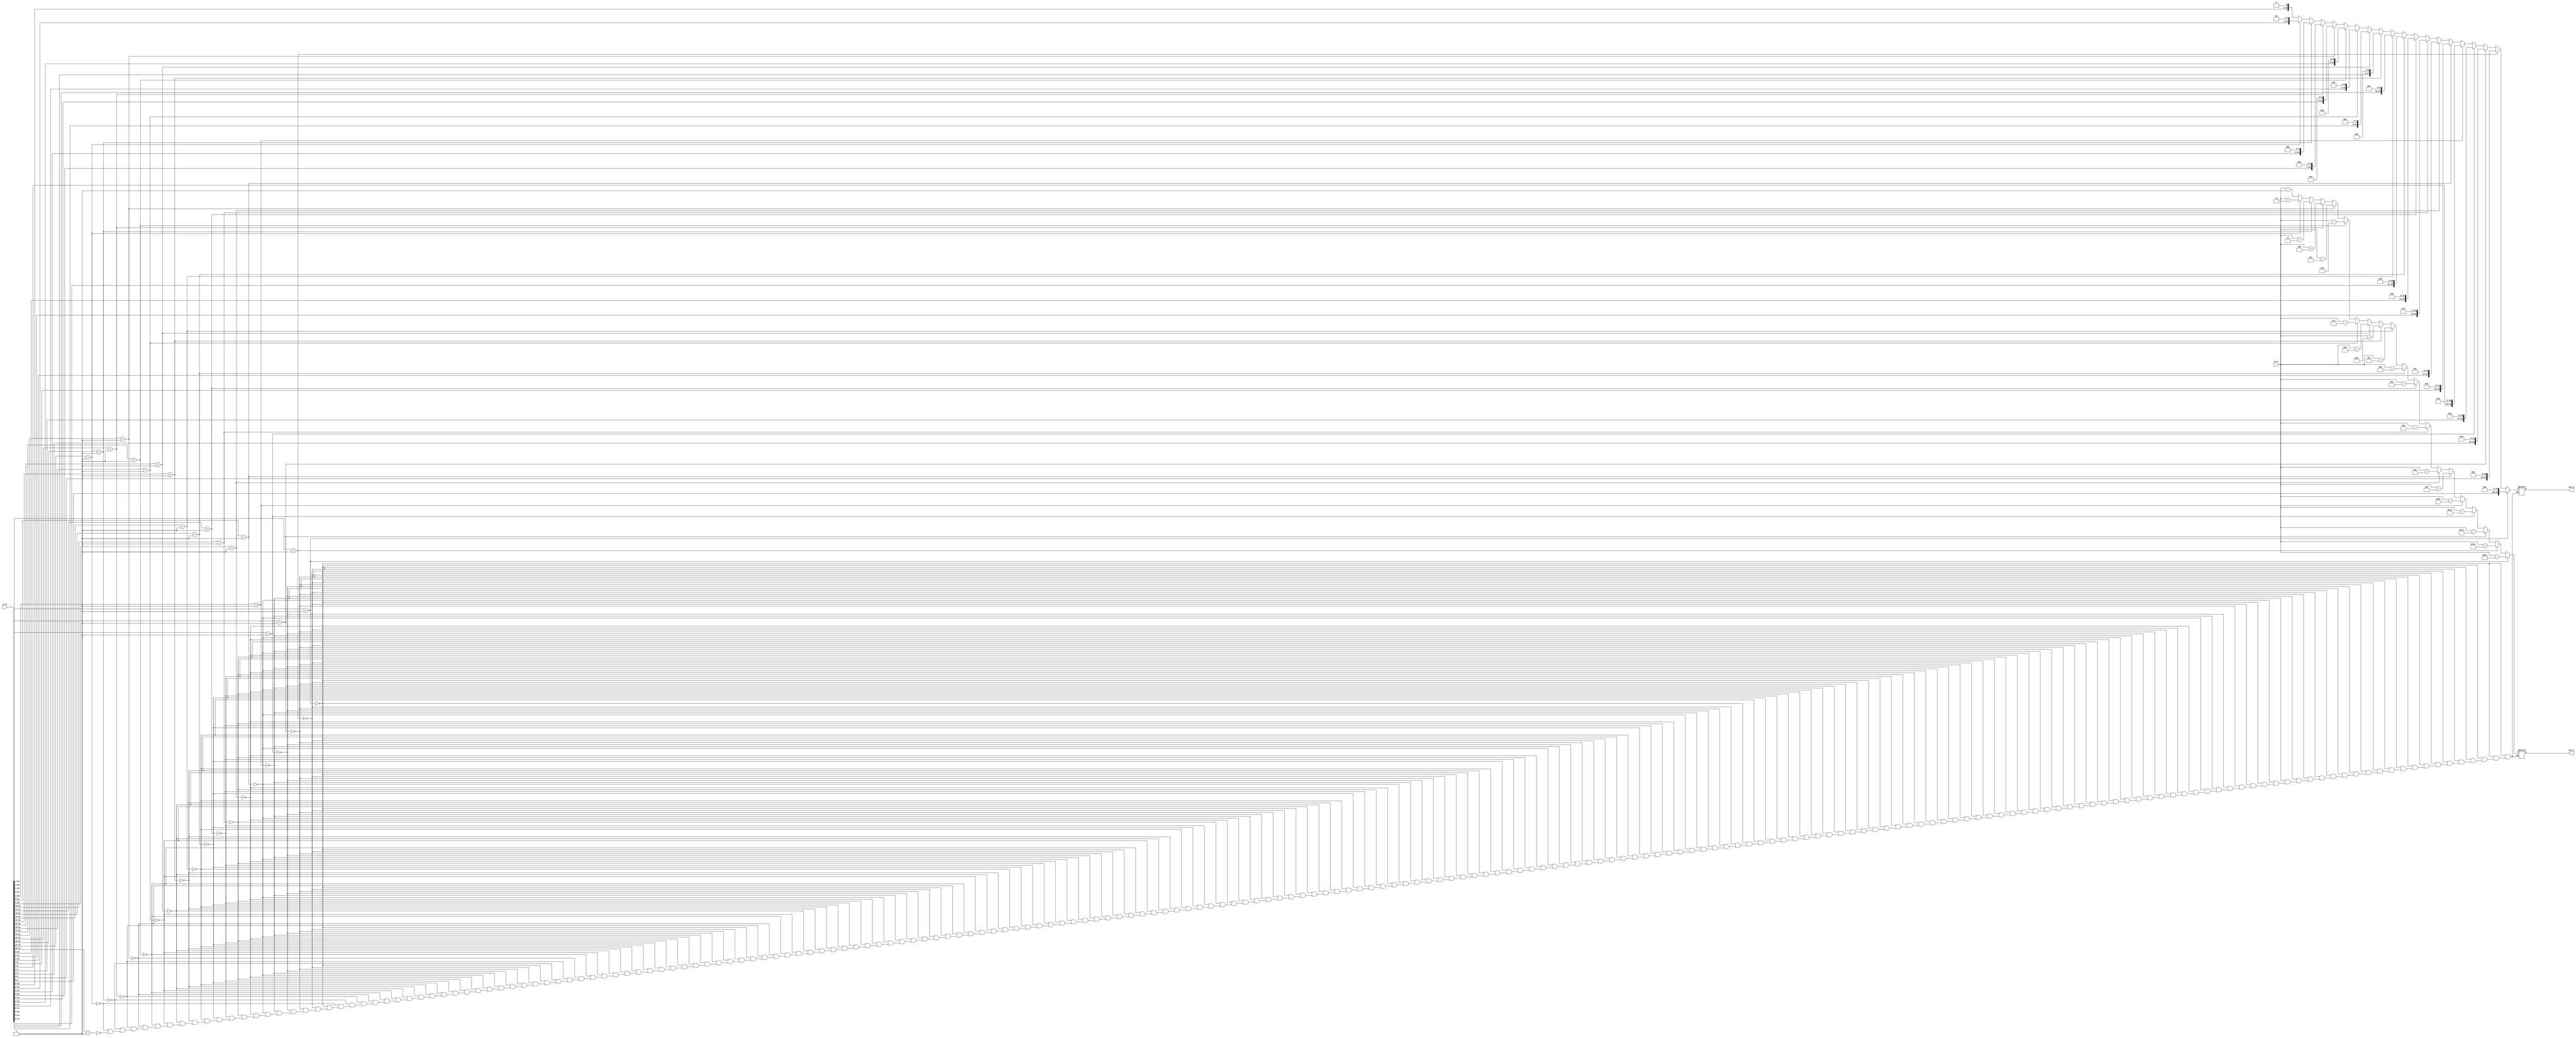
module addition_normaliser(in_e, in_m, out_e, out_m);
  // Inputs
  input [7:0] in_e;
  input [24:0] in_m;
  
  // Outputs
  output [7:0] out_e;
  output [24:0] out_m;
  
  // Wires
  wire [7:0] in_e;
  wire [24:0] in_m;
  
  // Registers
  reg [7:0] out_e;
  reg [24:0] out_m;
  
  // Main
  always @ ( * ) begin
		if (in_m[23:3] == 21'b000000000000000000001) begin
			out_e = in_e - 20;
			out_m = in_m << 20;
		end else if (in_m[23:4] == 20'b00000000000000000001) begin
			out_e = in_e - 19;
			out_m = in_m << 19;
		end else if (in_m[23:5] == 19'b0000000000000000001) begin
			out_e = in_e - 18;
			out_m = in_m << 18;
		end else if (in_m[23:6] == 18'b000000000000000001) begin
			out_e = in_e - 17;
			out_m = in_m << 17;
		end else if (in_m[23:7] == 17'b00000000000000001) begin
			out_e = in_e - 16;
			out_m = in_m << 16;
		end else if (in_m[23:8] == 16'b0000000000000001) begin
			out_e = in_e - 15;
			out_m = in_m << 15;
		end else if (in_m[23:9] == 15'b000000000000001) begin
			out_e = in_e - 14;
			out_m = in_m << 14;
		end else if (in_m[23:10] == 14'b00000000000001) begin
			out_e = in_e - 13;
			out_m = in_m << 13;
		end else if (in_m[23:11] == 13'b0000000000001) begin
			out_e = in_e - 12;
			out_m = in_m << 12;
		end else if (in_m[23:12] == 12'b000000000001) begin
			out_e = in_e - 11;
			out_m = in_m << 11;
		end else if (in_m[23:13] == 11'b00000000001) begin
			out_e = in_e - 10;
			out_m = in_m << 10;
		end else if (in_m[23:14] == 10'b0000000001) begin
			out_e = in_e - 9;
			out_m = in_m << 9;
		end else if (in_m[23:15] == 9'b000000001) begin
			out_e = in_e - 8;
			out_m = in_m << 8;
		end else if (in_m[23:16] == 8'b00000001) begin
			out_e = in_e - 7;
			out_m = in_m << 7;
		end else if (in_m[23:17] == 7'b0000001) begin
			out_e = in_e - 6;
			out_m = in_m << 6;
		end else if (in_m[23:18] == 6'b000001) begin
			out_e = in_e - 5;
			out_m = in_m << 5;
		end else if (in_m[23:19] == 5'b00001) begin
			out_e = in_e - 4;
			out_m = in_m << 4;
		end else if (in_m[23:20] == 4'b0001) begin
			out_e = in_e - 3;
			out_m = in_m << 3;
		end else if (in_m[23:21] == 3'b001) begin
			out_e = in_e - 2;
			out_m = in_m << 2;
		end else if (in_m[23:22] == 2'b01) begin
			out_e = in_e - 1;
			out_m = in_m << 1;
		end
  end
endmodule